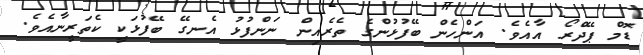
ޑޮމް ޕޭދްރޯ އާއެވެ. އަންހެން ބޭފުޅުންގެ ތެރެއިން ނަންފުޅު އެނގޭ ބޭފުޅަކީ ކެތަރީނާއެވެ.